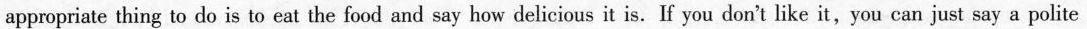
appropriate thing to do is to eat the food and say how delicious it is.If you don't like it,you can just say a polite